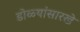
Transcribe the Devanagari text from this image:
डोळ्यांसारखे